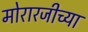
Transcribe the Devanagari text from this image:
मोरारजीच्या